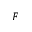
F